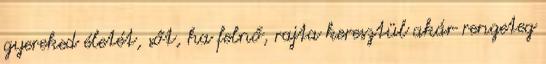
gyereked életét, sőt, ha felnő, rajta keresztül akár rengeteg